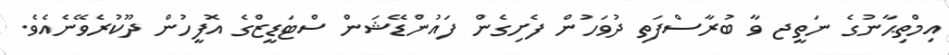
އިމްތިޙާނުގެ ނަތީޖ ވާ ބުރާސްފަތި ދުވަހުން ފެށިގެން ފައުންޑޭޝަން ސްޓަޑީޒްގެ އޮފީހުން ދޫކުރެވޭނެއެވެ.